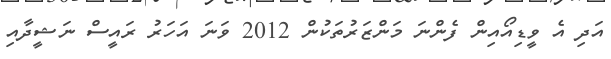
އަދި އެ ވީޑިއޯއިން ފެންނަ މަންޒަރުތަކުން 2012 ވަނަ އަހަރު ރައީސް ނަޝީދާއި